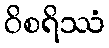
ဝိစရိဿံ